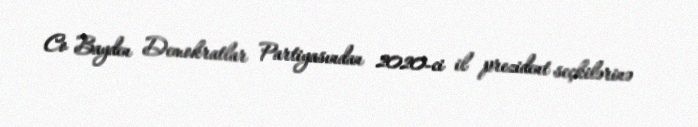
Co Bayden Demokratlar Partiyasından 2020-ci il prezident seçkilərinə